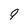
Character: 9